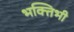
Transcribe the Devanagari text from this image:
भक्तिभी